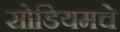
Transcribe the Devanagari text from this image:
सोडियमचे